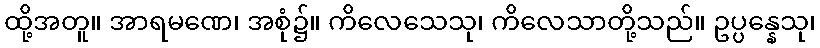
ထို့အတူ။ အာရမဏေ၊ အစုံ၌။ ကိလေသေသု၊ ကိလေသာတို့သည်။ ဥပ္ပန္နေသု၊